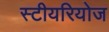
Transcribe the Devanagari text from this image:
स्टीयरियोज